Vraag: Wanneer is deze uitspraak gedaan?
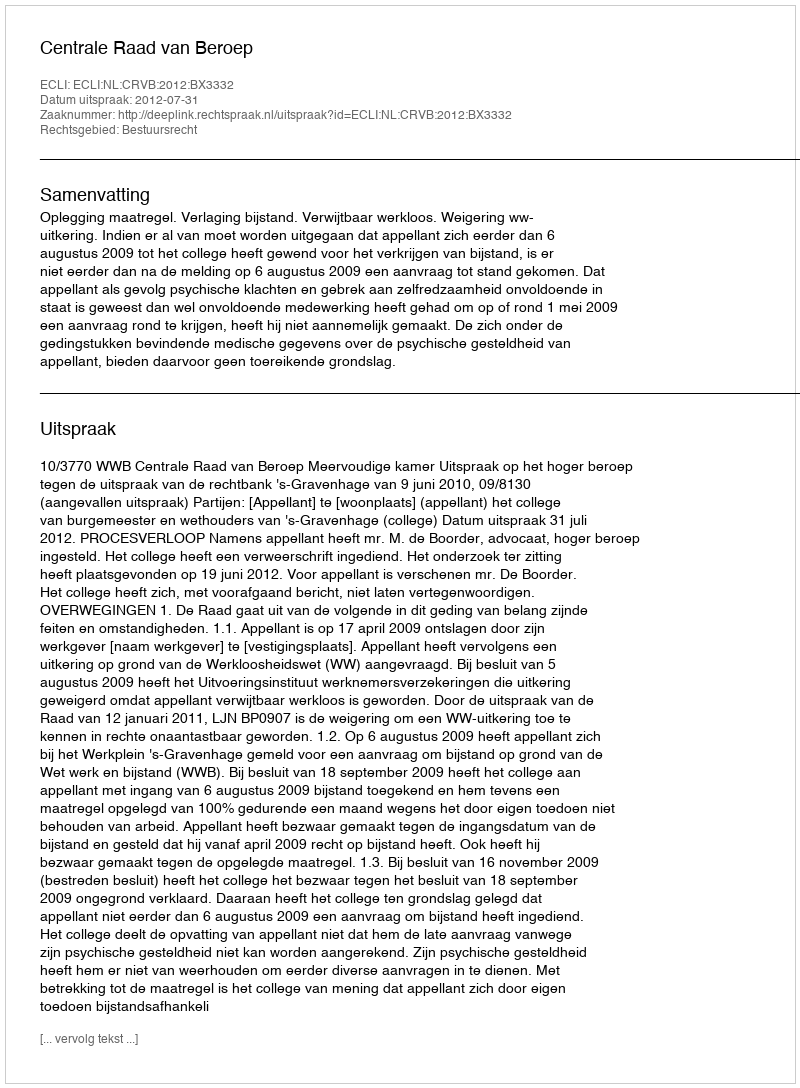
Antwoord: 2012-07-31